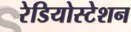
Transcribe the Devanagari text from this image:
रेडियोस्टेशन